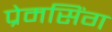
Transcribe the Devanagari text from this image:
प्रेमसिंग